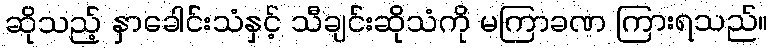
ဆိုသည့် နှာခေါင်းသံနှင့် သီချင်းဆိုသံကို မကြာခဏ ကြားရသည်။